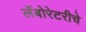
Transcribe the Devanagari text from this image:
लॅबोरेटरीचे